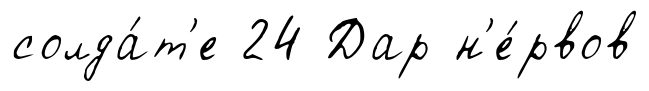
солда́т'е 24 Дар н'е́рвов